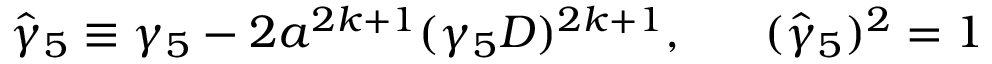
\hat { \gamma } _ { 5 } \equiv \gamma _ { 5 } - 2 a ^ { 2 k + 1 } ( \gamma _ { 5 } D ) ^ { 2 k + 1 } , \ \ \ \ \ ( \hat { \gamma } _ { 5 } ) ^ { 2 } = 1